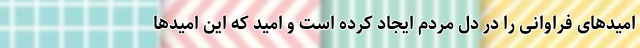
امیدهای فراوانی را در دل مردم ایجاد کرده است و امید که این امیدها